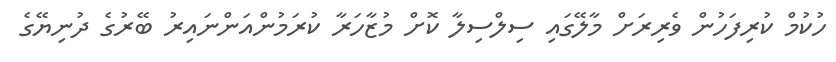
ހުކުމް ކުރިފަހުން ވެރިރަށް މާލޭގައި ސިލްސިލާ ކޮށް މުޒާހަރާ ކުރަމުންއަންނައިރު ބޭރުގެ ދުނިޔޭގެ